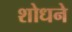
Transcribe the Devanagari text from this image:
शोधने